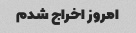
امروز اخراج شدم